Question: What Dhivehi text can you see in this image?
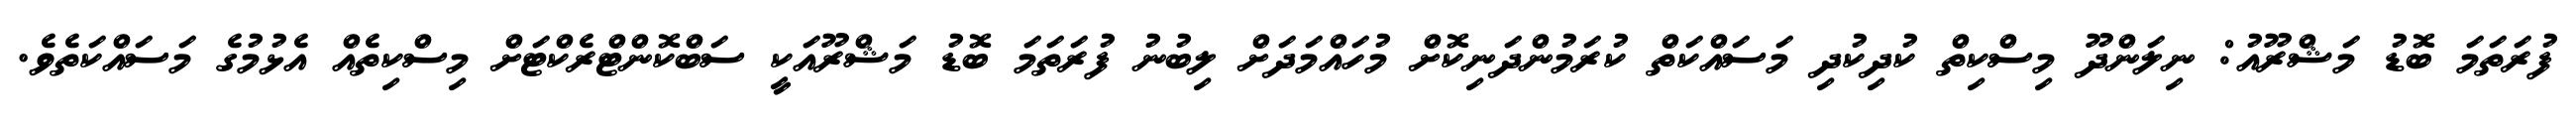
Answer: ފުރަތަމަ ބޮޑު މަޝްރޫއު: ނިލަންދޫ މިސްކިތް ކުދިކުދި މަސައްކަތް ކުރަމުންދަނިކޮށް މުހައްމަދަށް ލިބުނު ފުރަތަމަ ބޮޑު މަޝްރޫއަކީ ސަބްކޮންޓްރެކްޓަށް މިސްކިތެއް އެޅުމުގެ މަސައްކަތެވެ.